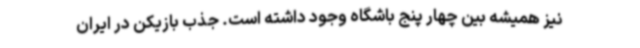
نیز همیشه بین چهار پنج باشگاه وجود داشته است. جذب بازیکن در ایران